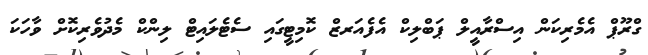
ގްރޫޕް އެމެރިކަން އިސްރާއީލް ޕަބްލިކް އެފެއަރޒް ކޮމިޓީގައި ސެޓެލައިޓް ލިންކް މެދުވެރިކޮށް ވާހަކަ